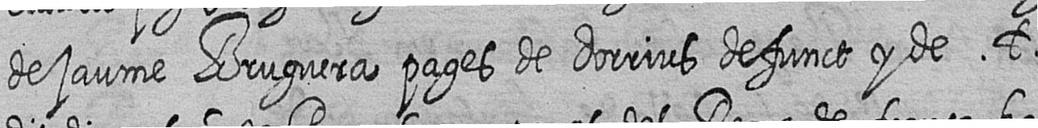
de jaume Bruguera pages de dorrius defunct y de t